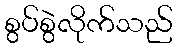
စွပ်စွဲလိုက်သည်